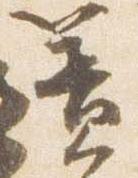
簀